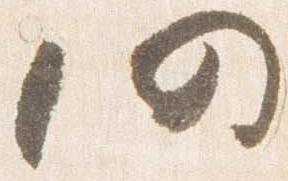
仍